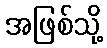
အဖြစ်သို့